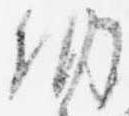
納